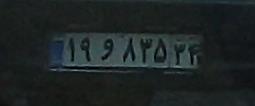
۱۹و۸۳۵۳۴